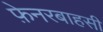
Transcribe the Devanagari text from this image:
फ़ेनरबाहसी